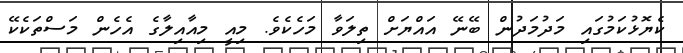
ކެޔޮޅުކަމުގައި މަދުމަދުން ބޭނޭ އައްޔަށް ތިލަވާ މަހެކެވެ. މިއީ މިއާއިލާގެ އެހެން މަސްތަކެކޭ